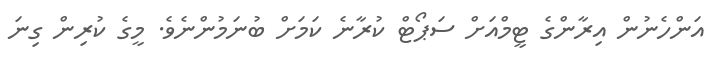
އަންހެނުން އިރާންގެ ޓީމްއަށް ސަޕޯޓް ކުރާނެ ކަމަށް ބުނަމުންނެވެ. މީގެ ކުރިން ގިނަ